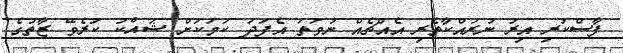
ފާސްކުރި އިރު ނުރައްކާތެރި އެއްޗެއް ނުވަތަ އެފަދަ ކަމަކަށް ޝައްކު ކުރެވޭ ޒާތުގެ